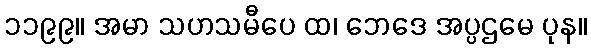
၁၁၉၉။ အမာ သဟသမီပေ ထ၊ ဘေဒေ အပ္ပဌမေ ပုန။